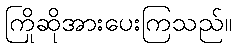
ကြိုဆိုအားပေးကြသည်။